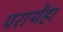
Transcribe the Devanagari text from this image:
पराथेंहा